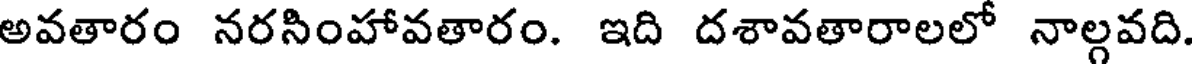
అవతారం నరసింహావతారం. ఇది దశావతారాలలో నాల్గవది.